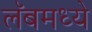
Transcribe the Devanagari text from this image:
लॅबमध्ये